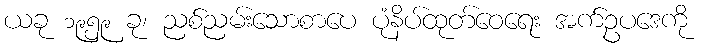
ယခု ၁၉၅၉ ခု၊ ညစ်ညမ်းသောစာပေ ပုံနိပ်ထုတ်ဝေရေး အက်ဥပဒေကို